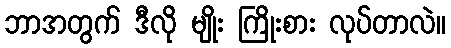
ဘာအတွက် ဒီလို မျိုး ကြိုးစား လုပ်တာလဲ။